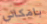
بامكاني